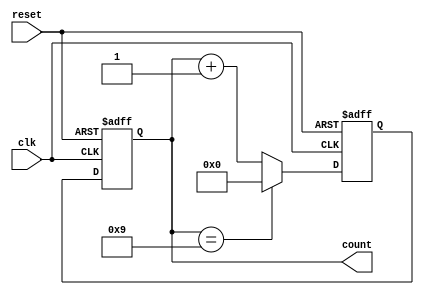
module DecadeCounter (
    input wire clk,
    input wire reset,
    output reg [3:0] count
);

reg [3:0] next_count;

always @(posedge clk or posedge reset) begin
    if (reset) begin
        next_count <= 4'b0;
    end else begin
        if (count == 4'b1001) begin
            next_count <= 4'b0;
        end else begin
            next_count <= count + 4'b1;
        end
    end
end

always @(posedge clk or posedge reset) begin
    if (reset) begin
        count <= 4'b0;
    end else begin
        count <= next_count;
    end
end

endmodule